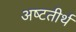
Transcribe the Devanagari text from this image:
अष्‍टतीर्थ